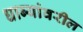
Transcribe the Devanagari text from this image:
धाब्यांवरील